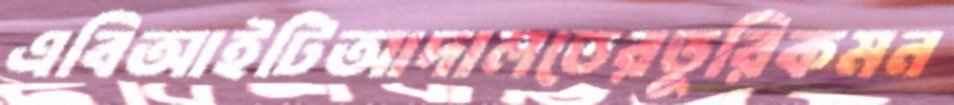
এবিআইটিআদালতেরতুরিকমন